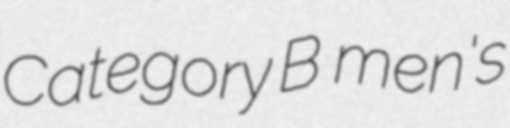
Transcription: Category B  men's